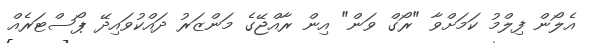
އެލޯން ފިލްމު ކަމަށްވާ "ރޯގް ވަން" އިން ރާއްޖޭގެ މަންޒަރު ދައްކުވައިދޭ ޕޯސްޓަރެއް